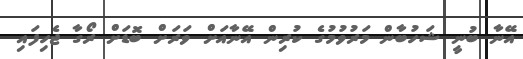
އޭނާ ބުނީ ޝަހުބާން މަރުވުމުގެ ކުރިން އޭނާއަށް ވަރަށް ބޮޑަށް ރޯގާ ޖެހިފައި